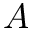
A